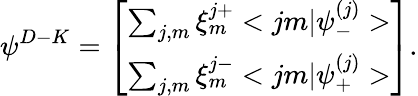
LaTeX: {\psi}^{D-K}=\left[\begin{array}{c}{{\sum_{j,m}\xi_{m}^{j+}<jm|{\psi}_{-}^{(j)}>}}\\ {{\sum_{j,m}\xi_{m}^{j-}<jm|{\psi}_{+}^{(j)}>}}\end{array}\right].